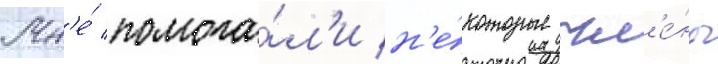
Мн'е́ помога́л'и н'е́которые чл'е́ны